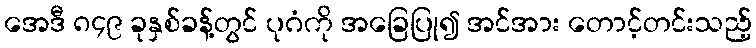
အေဒီ ၈၄၉ ခုနှစ်ခန့်တွင် ပုဂံကို အခြေပြု၍ အင်အား တောင့်တင်းသည့်